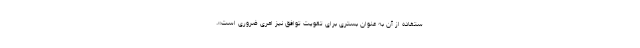
ستفاده از آن به عنوان بستری برای تقویت توافق نیز امری ضروری است».